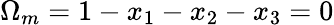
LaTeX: \Omega_{m}=1-x_{1}-x_{2}-x_{3}=0